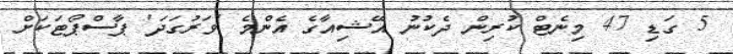
5 ގަޑި 47 މިނެޓް ކުރިން ދެކުނު އޭޝިއާގެ އެންމެ 'ވަރުގަދަ' ޕާސްޕޯޓަކަށް